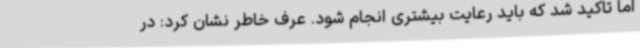
اما تاکید شد که باید رعایت بیشتری انجام شود. عرف خاطر نشان کرد: در